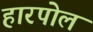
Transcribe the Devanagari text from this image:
हारपोल